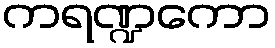
ကရဏ္ဍကော